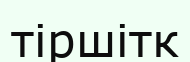
тіршітк